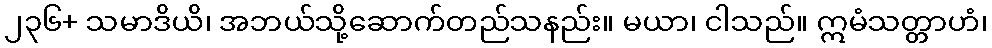
၂၃၆+ သမာဒိယိ၊ အဘယ်သို့ဆောက်တည်သနည်း။ မယာ၊ ငါသည်။ ဣမံသတ္တာဟံ၊